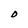
Character: D